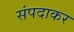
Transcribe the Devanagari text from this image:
संपदाकर